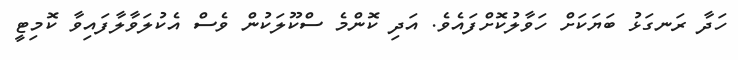
ހަދާ ރަނގަޅު ބަޔަކަށް ހަވާލުކޮށްފައެވެ. އަދި ކޮންމެ ސްކޫލަކުން ވެސް އެކުލަވާލާފައިވާ ކޮމިޓީ